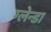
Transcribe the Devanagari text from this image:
ग्लेन्डा